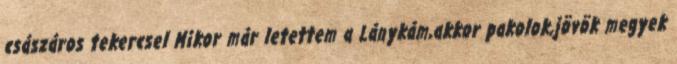
császáros tekercsel Mikor már letettem a Lánykám,akkor pakolok,jövök megyek